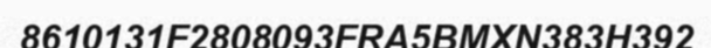
8610131F2808093FRA5BMXN383H392